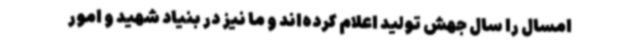
امسال را سال جهش تولید اعلام کرده‌اند و ما نیز در بنیاد شهید و امور